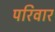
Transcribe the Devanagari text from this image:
परिवार